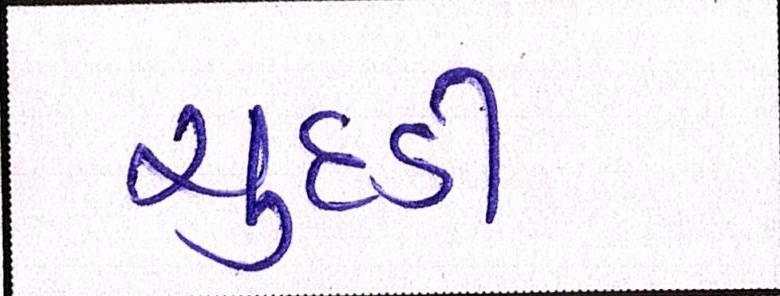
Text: ચુદડી